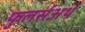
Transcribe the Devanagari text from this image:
फुलर्सअर्थ